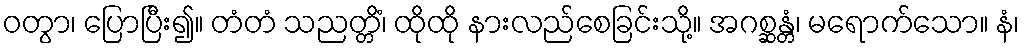
ဝတွာ၊ ပြောပြီး၍။ တံတံ သညတ္တိံ၊ ထိုထို နားလည်စေခြင်းသို့။ အဂစ္ဆန္တံ၊ မရောက်သော။ နံ၊